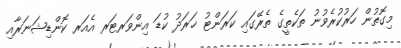
މިގޮތުން ހަރުކުރެވުނު ތަކެތީގެ ތެރޭގައި ކަރަންޓު ޚަރަދު ކުޑަ އިންވަރޓަރ އެއަރ ކޮންޑިޝަނަރާއި